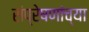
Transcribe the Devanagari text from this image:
संप्रेषणांच्या